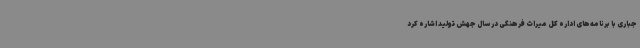
جباری با برنامه‌های اداره کل میراث فرهنگی در سال جهش تولید اشاره کرد